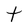
Character: t